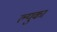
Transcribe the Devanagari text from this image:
ल्युका